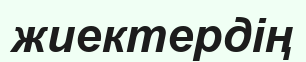
жиектердің